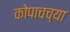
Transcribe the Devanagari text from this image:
कोपाचच्या